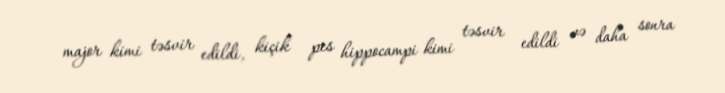
major kimi təsvir edildi, kiçik pes hippocampi kimi təsvir edildi və daha sonra